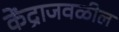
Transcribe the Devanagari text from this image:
केंद्राजवळील